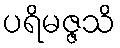
ပရိမဇ္ဇသိ